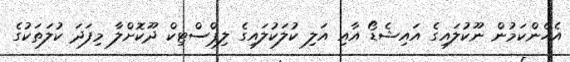
އެހެންކަމުން ނޫކުލައިގެ އައިޝެޑޯ އާއި އަލި ކުލަކުލައިގެ ލިޕްސްޓިކް ދޫކޮށްލާ މިފަދަ ކުލަތަކުގެ